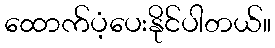
ထောက်ပံ့ပေးနိုင်ပါတယ်။